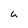
Character: a